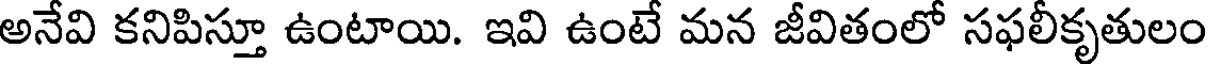
అనేవి కనిపిస్తూ ఉంటాయి. ఇవి ఉంటే మన జీవితంలో సఫలీకృతులం